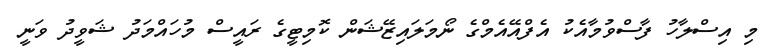
މި އިސްލާހު ފާސްވުމާއެކު އެފްއޭއެމްގެ ނޯމަލައިޒޭޝަން ކޮމިޓީގެ ރައީސް މުހައްމަދު ޝަވީދު ވަނީ